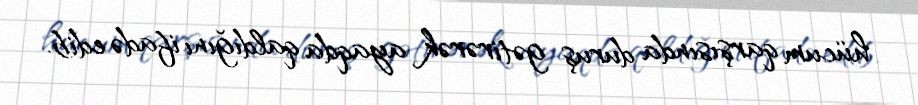
hücum qarşısında duruş gətirərək ayaqda qaldığını ifadə edib.